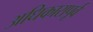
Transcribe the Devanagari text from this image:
अधिकारापूर्व